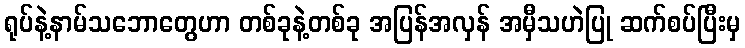
ရုပ်နဲ့နာမ်သဘောတွေဟာ တစ်ခုနဲ့တစ်ခု အပြန်အလှန် အမှီသဟဲပြု ဆက်စပ်ပြီးမှ